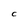
Character: C